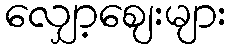
လျှော့ဈေးများ